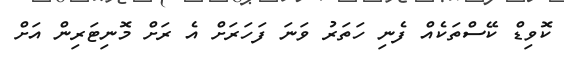
ކޮވިޑް ކޭސްތަކެއް ފެނި ހަތަރު ވަނަ ފަހަރަށް އެ ރަށް މޮނިޓަރިން އަށް